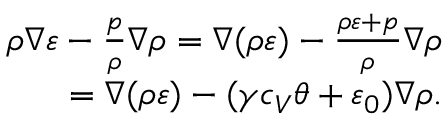
\begin{array} { r } { \rho \nabla \varepsilon - \frac { p } { \rho } \nabla \rho = \nabla ( \rho \varepsilon ) - \frac { \rho \varepsilon + p } { \rho } \nabla \rho } \\ { = \nabla ( \rho \varepsilon ) - ( \gamma c _ { V } \theta + \varepsilon _ { 0 } ) \nabla \rho . } \end{array}